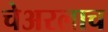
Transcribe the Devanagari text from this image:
चेअरलाच